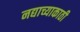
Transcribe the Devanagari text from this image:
नद्याच्याकाठी